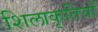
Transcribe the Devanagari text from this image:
शिलाकृतियों